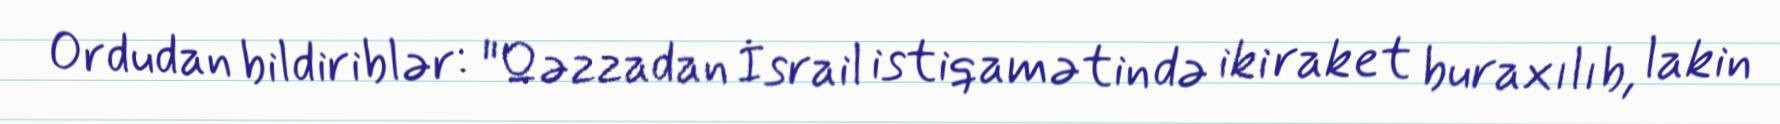
Ordudan bildiriblər: "Qəzzadan İsrail istiqamətində iki raket buraxılıb, lakin